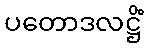
ပတောဒလဋ္ဌိံ